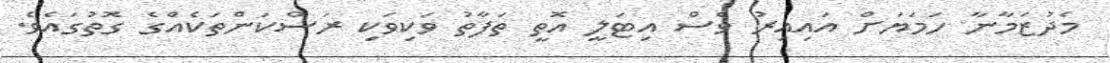
މެދުޒަމާނާ ހަމަޔަށް އައިއިރު ވެސް އިޓަލީ އޮތީ ތަފާތު ވަކިވަކި ރަސްކަންތަކެއްގެ ގޮތުގައެވެ.